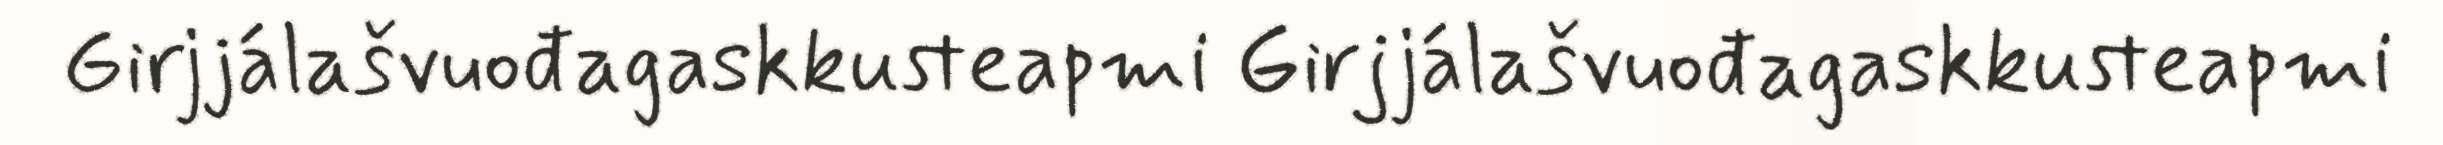
Girjjálašvuođagaskkusteapmi Girjjálašvuođagaskkusteapmi